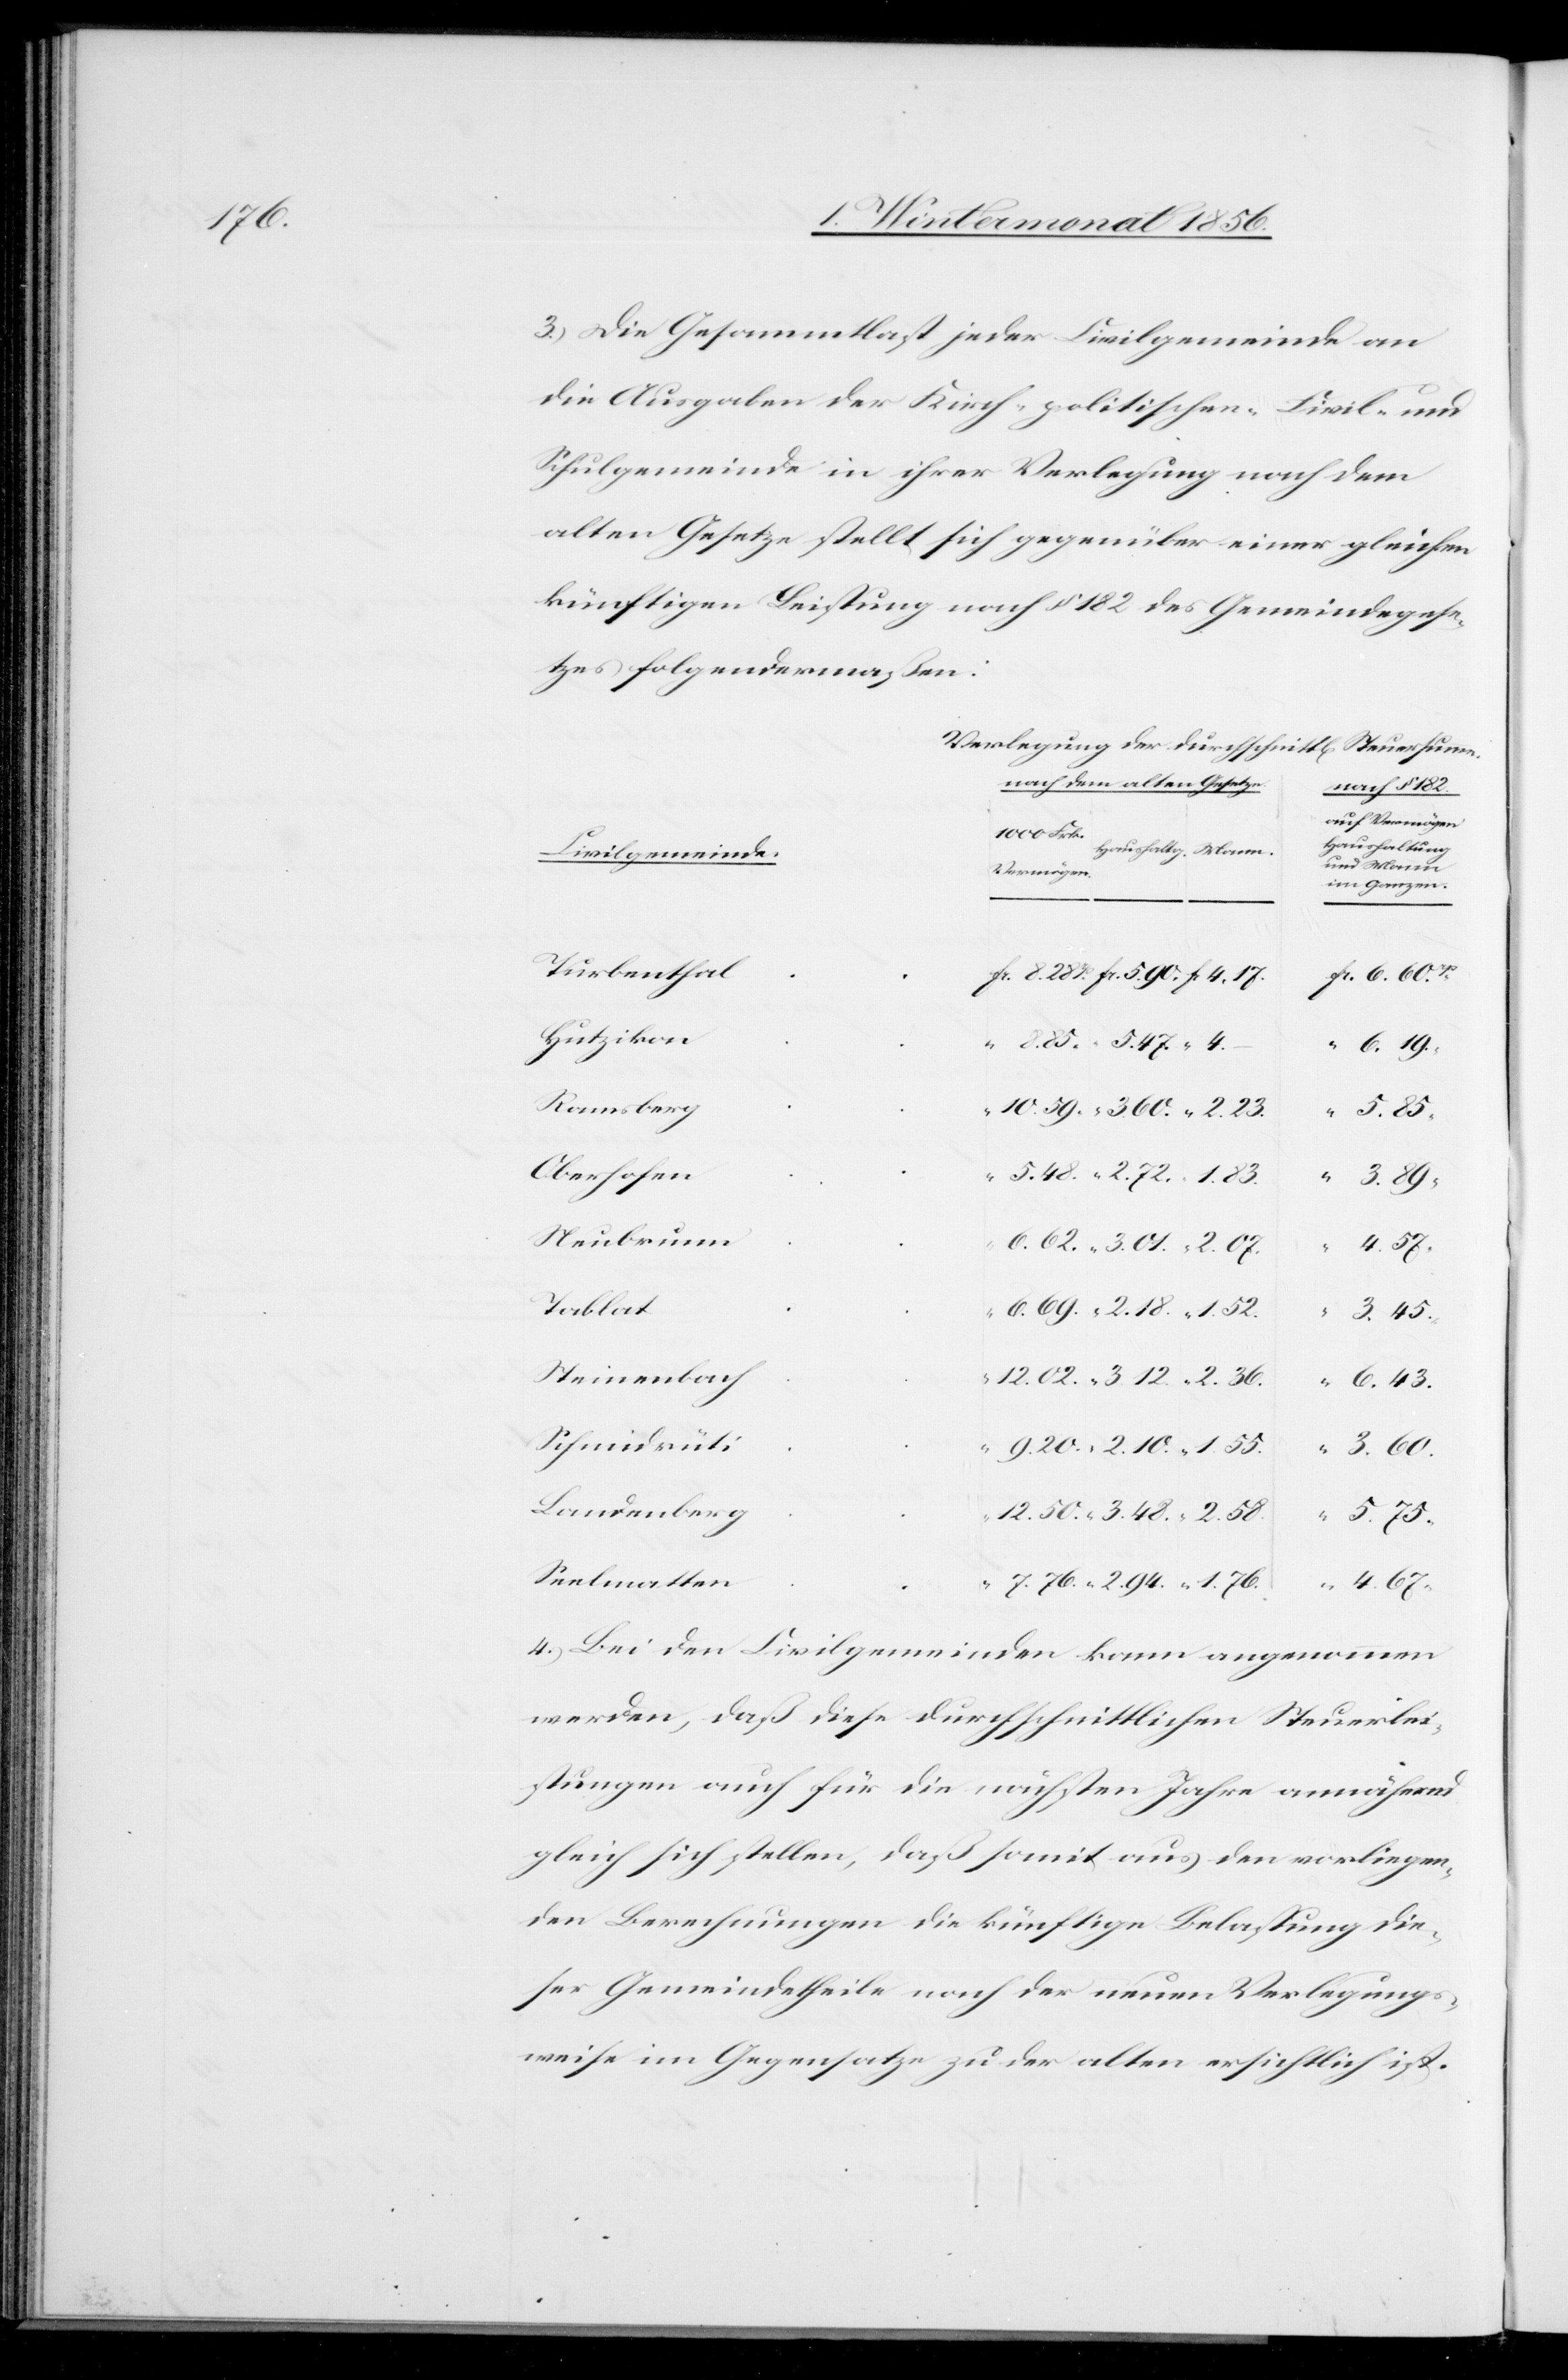
76.

3.) Die Gesammtlast jeder Civilgemeinde an
die Ausgaben der Kirch-[,] politischen-[,] Civil- und
Schulgemeinde in ihrer Verlegung nach dem
alten Gesetze stellt sich gegenüber einer gleichen
künftigen Leistung nach § 182 des Gemeindegese¬
tzes folgendermaßen:
Verlegung der durchschnittl[ichen]Steuersumme.
nach dem alten Gesetze.
nach §
auf Vermögen[,]
Haushaltung
Civilgemeinde.
und Mann
im Ganzen.
Turbenthal
Hutzikon
69.
Ramsberg
Oberhofen
Neubrunn
Tablat
Steinenbach
Schmidrüti
Landenberg
Seelmatten
4.) Bei den Civilgemeinden kann angenommen
werden, daß diese durchschnittlichen Steuerlei¬
stungen auch für die nächsten Jahre annährend
gleich sich stellen, daß somit aus den vorliegen¬
den Berechnungen die künftige Belastung die¬
ser Gemeindetheile nach der neuen Verlegungs¬
weise im Gegensatze zu der alten ersichtlich ist.